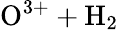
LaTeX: \mathrm{O^{3+}+H_{2}}